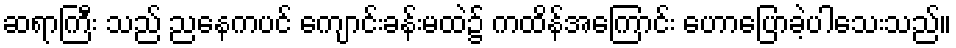
ဆရာကြီး သည် ညနေကပင် ကျောင်းခန်းမထဲ၌ ကထိန်အကြောင်း ဟောပြောခဲ့ပါသေးသည်။